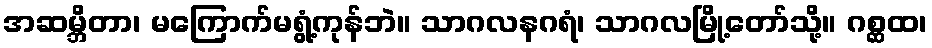
အဆမ္ဘိတာ၊ မကြောက်မရွံ့ကုန်ဘဲ။ သာဂလနဂရံ၊ သာဂလမြို့တော်သို့။ ဂစ္ဆထ၊